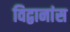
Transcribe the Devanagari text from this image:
विद्वानांस